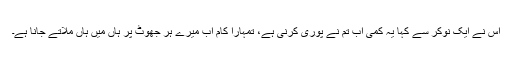
اس نے ایک نوکر سے کہا یہ کمی اب تم نے پوری کرنی ہے، تمہارا کام اب میرے ہر جھوٹ پر ہاں میں ہاں ملاتے جانا ہے۔